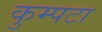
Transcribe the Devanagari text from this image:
कुम्पटा